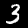
Label: 3